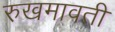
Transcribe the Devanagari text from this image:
रुखमावती